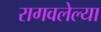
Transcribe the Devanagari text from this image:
रागवलेल्या